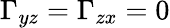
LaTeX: \Gamma_{yz}=\Gamma_{zx}=0